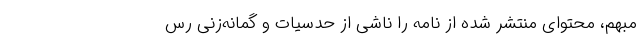
مبهم، ‌محتوای منتشر شده از نامه را ناشی از حدسیات و گمانه‌زنی‌ رس